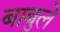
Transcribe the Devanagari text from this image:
बाबुले